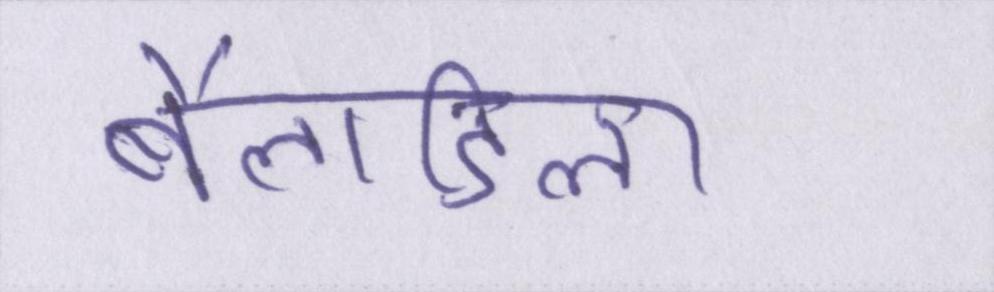
बैलाडिला